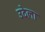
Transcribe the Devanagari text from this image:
उदेला